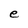
Character: e